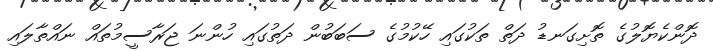
ދޮންކެޔޮލުގެ ތޮށިގަނޑު ދަތް ތަކުގައި ހޭކުމުގެ ސަބަބުން ދަތުގައި ހުންނަ ޖަރާސީމުތައް ނައްތާލައި